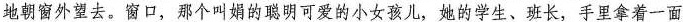
地朝窗外望去。窗口，那个叫娟的聪明可爱的小女孩儿，她的学生、班长，手里拿着一面